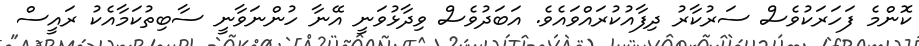
ކޮންމެ ފަހަރަކުވެސް ސަރުކާރު ދިފާއުކުރައްވައެވެ. އަބަދުވެސް ވިދާޅުވަނީ އޭނާ ހުންނަވާނީ ސާބިތުކަމާއެކު ރައީސް